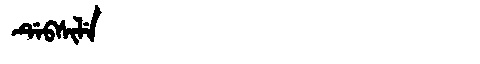
Manchu: ᡩᡝᠪᠰᡳᠯᡝ
Romanization: DEBSILE